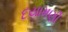
દયામણી